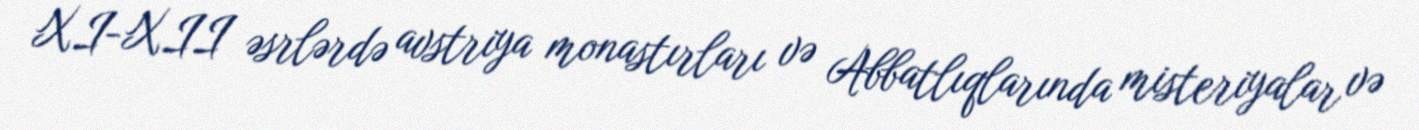
XI-XII əsrlərdə avstriya monastırları və Abbatlıqlarında misteriyalar və